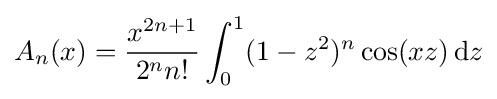
A_{n}(x)={\frac {x^{2n+1}}{2^{n}n!}}\int _{0}^{1}(1-z^{2})^{n}\cos(xz)\,\mathrm {d} z